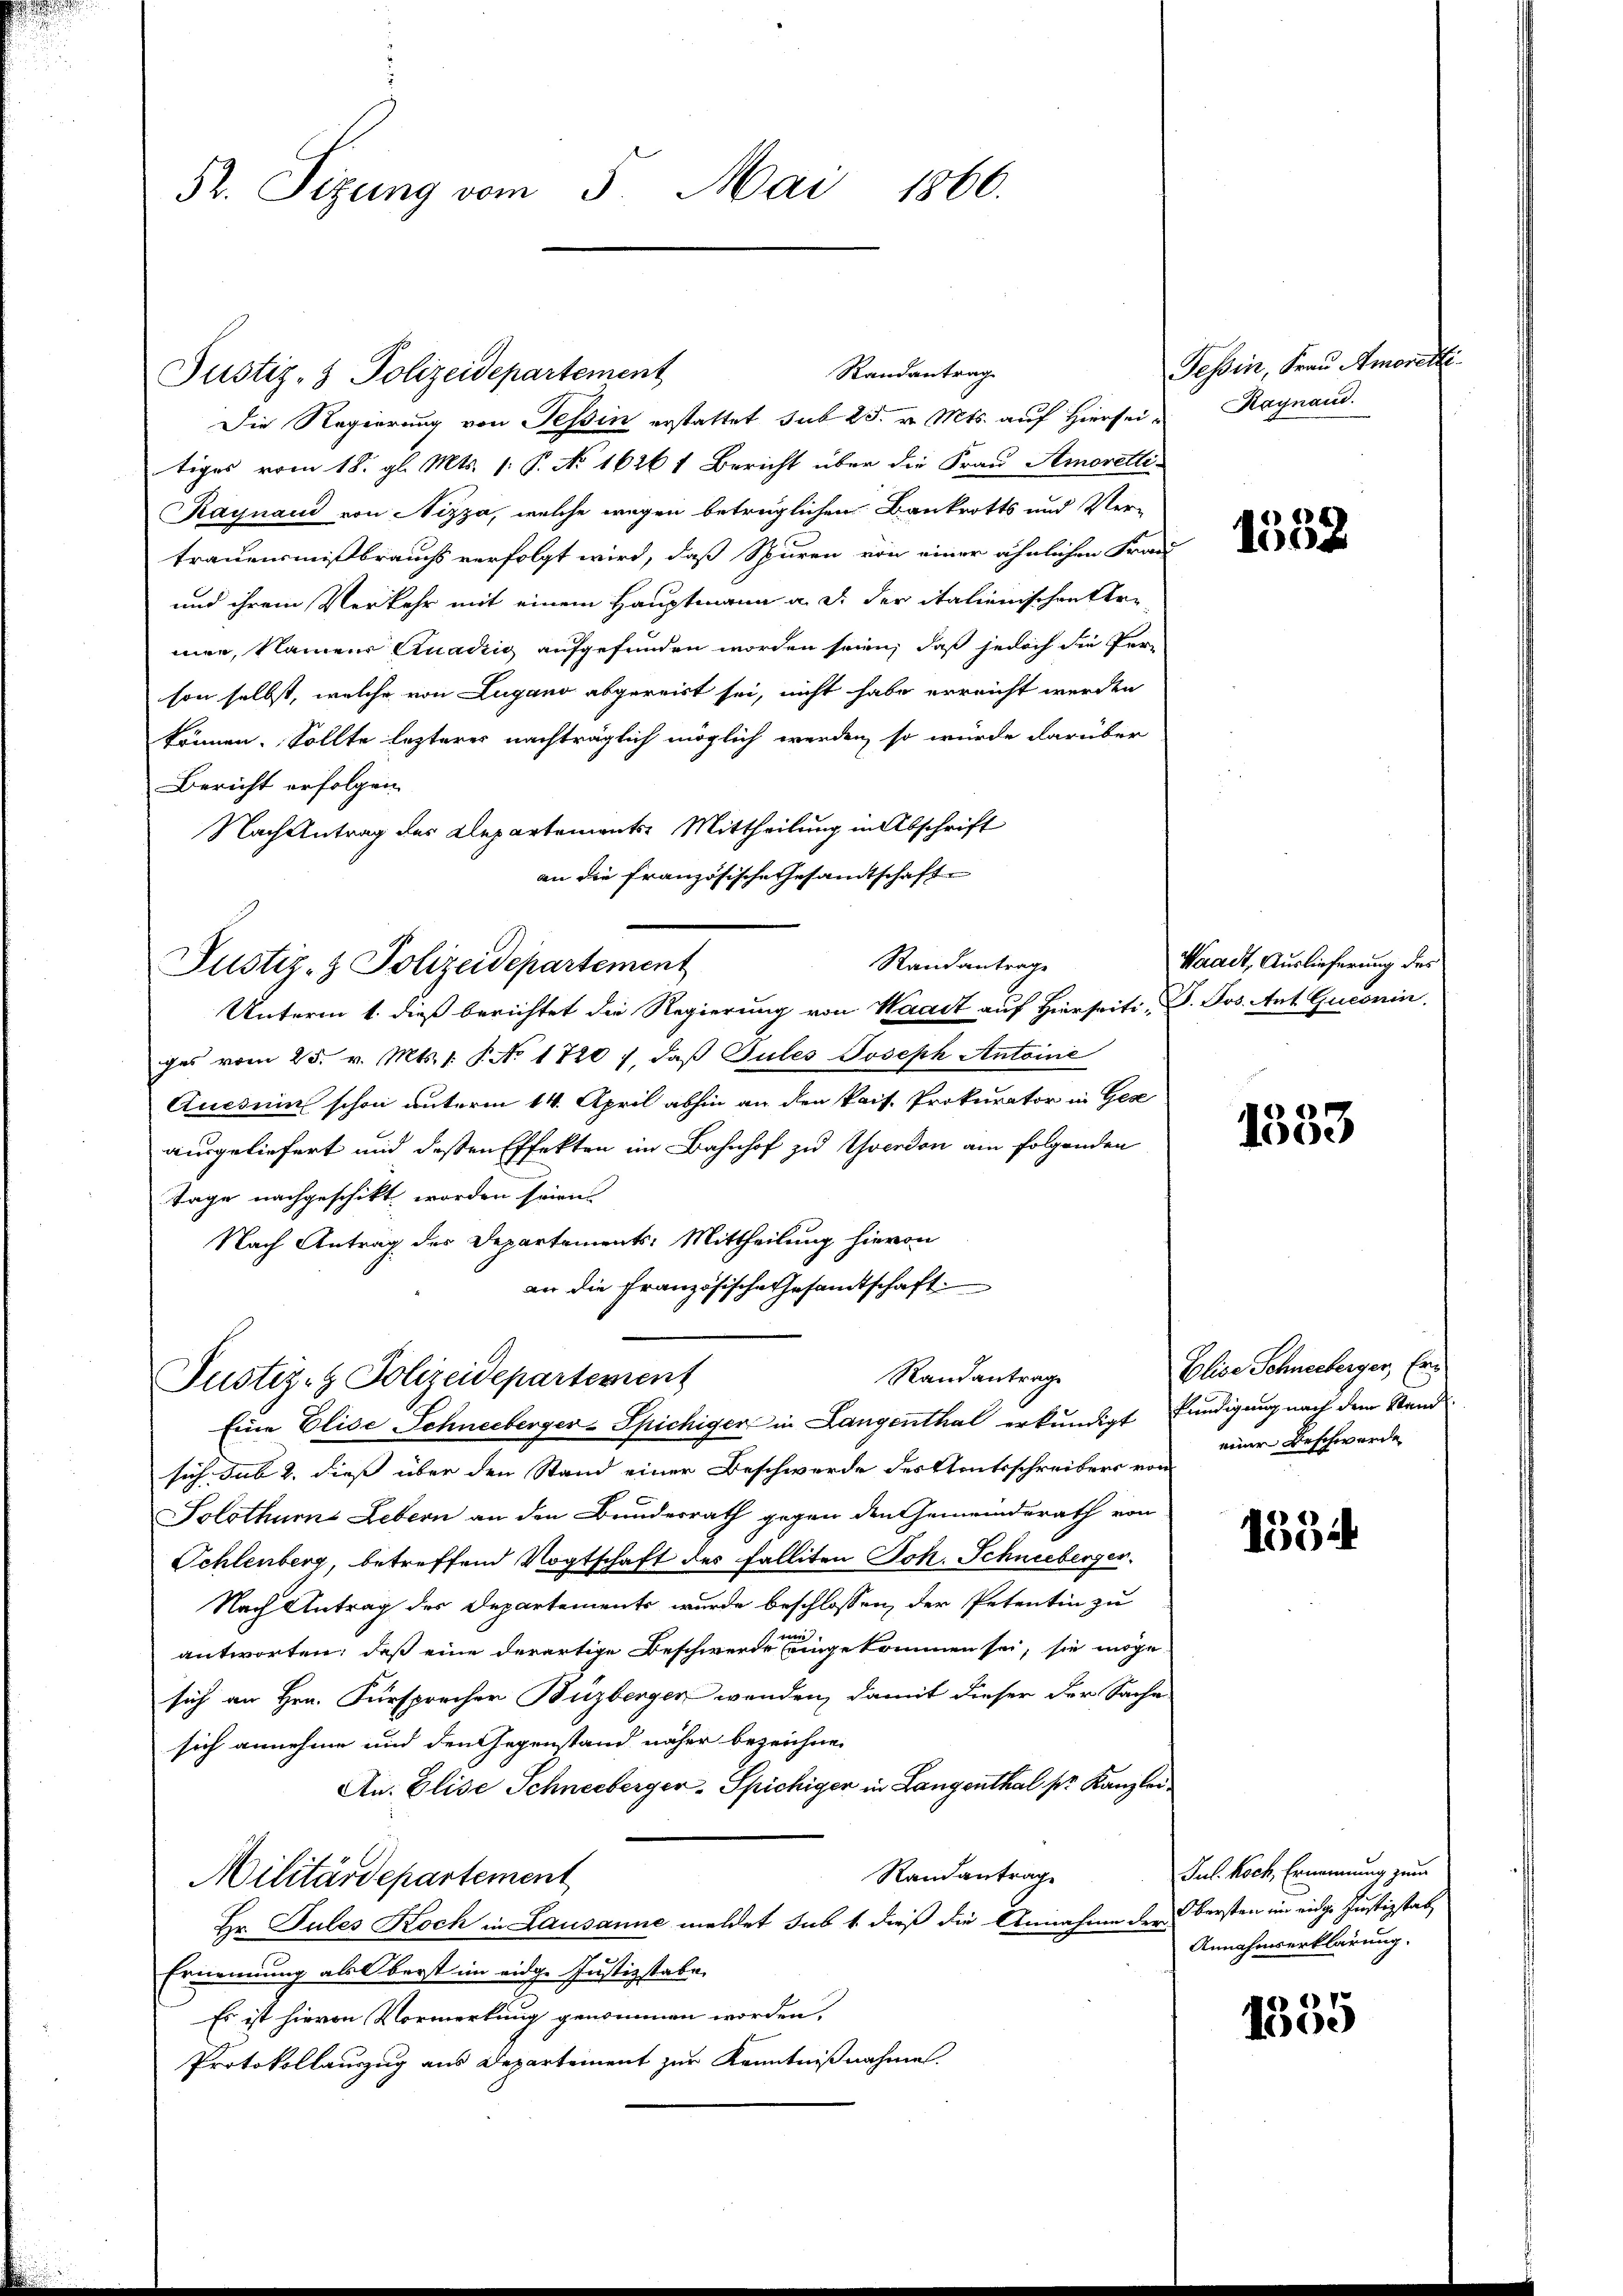
52. Sizung vom 5. Mai 1860.

Justiz- & Polizeidepartement

Justiz- & Polizeidepartement

Die Regierung von Tessin erstattet sub 25. v. Mts. auf Hiersei Haynand.
tiges vom 18. gl. Mts. 1. P. No 1626 t Bericht über die Frau Amoretti-
Kaynaud von Nizza, welche wegen betrüglichen Bankrotts und Ver-
trauensmißbrauchs verfolgt wird, daß Spuren von einer ähnlichen Frau
und ihrem Verkehr mit einem Hauptmann a. d. der italienischen Kre
mer, Namens Quadrig aufgefunden worden seien, daß jedoch die Person selbst, welche von Lugano abgereist sei, nicht habe erreicht werden
können. Sollte lezteres nachträglich möglich werden, so würde darüber
Bericht erfolgen
Nach Antrag des Departements Mittheilung in Abschrift
an die französische Gesandtschaft
Unterm 1. dieß berichtet die Regierung von Waadt auf Hierseiti, P. Jos. Ant. Guconin.
ges vom 25. v. Mts. 1. No 1720 7, daß Gutes Joseph Antoine
Aucsuin schon unterm 14. April abhin an den Pais. Prokurator in Ges
ausgeliefert und deßen Effekten im Bahnhof zu Yverdon am folgenden
Tage nachgeschikt worden seien.
Nach Antrag des Departements: Mittheilung hievon
an die französische Gesamtschaft
Randantrage
Justiz- & Polizeidepartement
Eine Elise Schneeberger-Spichiger in Langenthal erkundigt Kündigung nach dem Stand
sich sub 2. dies über den Stand einer Beschwerde des Amtsschreibers von
Solothurns Lebern an den Bundesrath gegen den Gemeinderath von
Schlenberg betreffend Vogtschaft des Falliten Joh. Schneeberger.
Nach Antrag des Departements wurde beschlossen, der Petentin zu
antworten; daß eine derartige Beschwerde eingekommen sei, sie möge
sich an Hrn. Fürsprecher Buzberger wenden, damit dieser der Sache
sich annehme und den Gegenstand näher bezeichne
An. Elise Schneeberger, Spichiger in Langenthal pr Kanzlei
Randantrage
Militärdepartement
Hr. Pules Koch in Lausanne meldet sub 1. dieß die Annahme der Obersten im eidge Justizstat
Ernennung als Oberst im eidge Justizstabe,
Es ist hievon Vormerkung genommen worden,
Protokollauszug aus Departement zur Kenntnißnahme.

Randantrag

Randantrage

Tessin, Frau Amorekti

1532

Waadt, Auslieferung des

1383

Glice Schneeberger, Ereiner Beschwerde

1554

Jul. Koch, Ernennung zum
Annahmserklärung.

1335